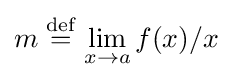
m\;{\stackrel {\text{def}}{=}}\,\lim _{x\rightarrow a}f(x)/x